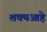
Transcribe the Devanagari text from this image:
शक्यआहे